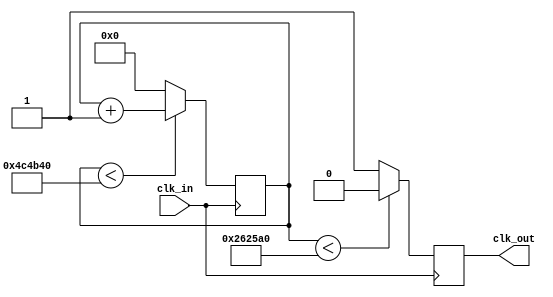
`timescale 1ns / 1ps

module fre_div(
    input clk_in, //50,000,000Hz
    output reg clk_out //10Hz
    );

    reg[22:0] cnt = 0;
    parameter MAX  = 5000000; //Shoule be 5000000
    parameter HALF = 2500000; //Should be 2500000

    always@(posedge clk_in)
        if(cnt < MAX) cnt<=cnt + 1'b1;
        else cnt<=1'b0;

    always@(posedge clk_in)
        if(cnt < HALF) clk_out<=1'b0;
        else clk_out<=1'b1;

endmodule